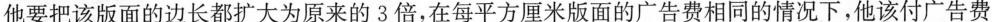
他要把该版面的边长都扩大为原来的3倍，在每平方厘米版面的广告费相同的情况下，他该付广告费